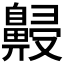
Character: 𪖧